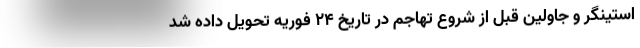
استینگر و جاولین قبل از شروع تهاجم در تاریخ ۲۴ فوریه تحویل داده شد